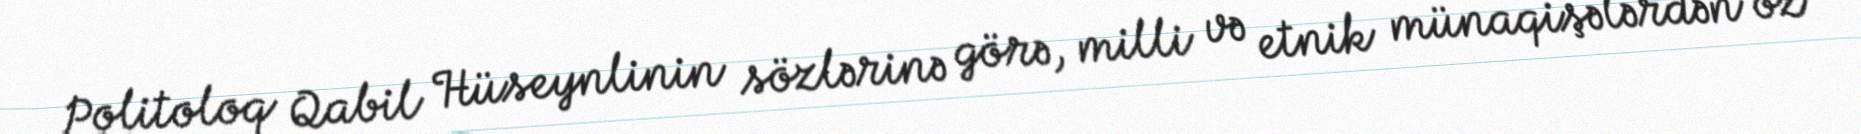
Politoloq Qabil Hüseynlinin sözlərinə görə, milli və etnik münaqişələrdən öz